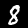
Label: 8